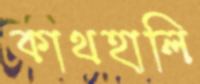
কাথহালি